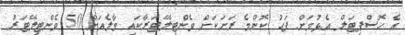
އެ ހޮސްޕިޓަލް އެޅުމަށް ފަހު ކޮންމެ ރަށަކަށް ވެންޓިލޭޓަރާކައި މާލެއަށް 50 ވެންޓިލޭޓަރު